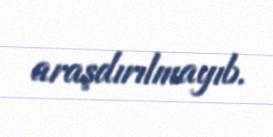
araşdırılmayıb.